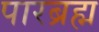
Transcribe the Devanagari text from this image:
पारब्रह्म